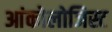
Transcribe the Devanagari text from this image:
आंकोलोजिस्ट